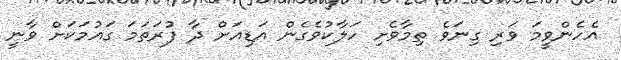
އެހެންވީމަ ވަރި ގިނަވެ ތިމާވެށި ހަލާކުވެގެން އަޑިއަށް ދާ ފުރަތަމަ ގައުމަކަށް ވާނީ